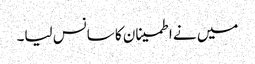
میں نے اطمینان کا سانس لیا۔